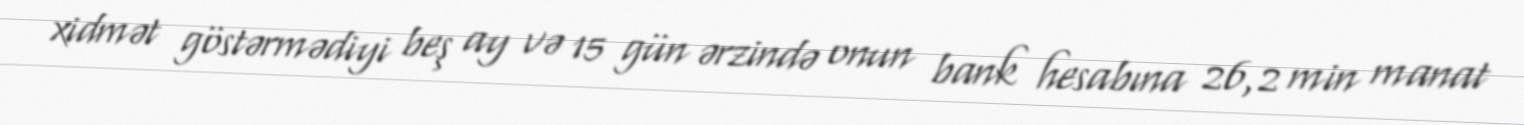
xidmət göstərmədiyi beş ay və 15 gün ərzində onun bank hesabına 26,2 min manat